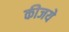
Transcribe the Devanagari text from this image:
कीजये